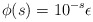
\begin{align*}\phi(s)= 10^{-s}\epsilon\end{align*}